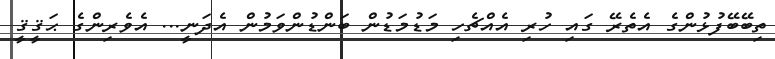
ތިބޭބޭފުޅުންގެ އެތެރޭ ގައި ހުރި އެއްޗެހި މަޑުމަޑުން ބަންޑުންވަމުން އެދަނީ... އެވެރިންގެ ޙަޤީޤީ